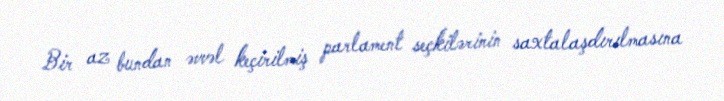
Bir az bundan əvvəl keçirilmiş parlament seçkilərinin saxtalaşdırılmasına